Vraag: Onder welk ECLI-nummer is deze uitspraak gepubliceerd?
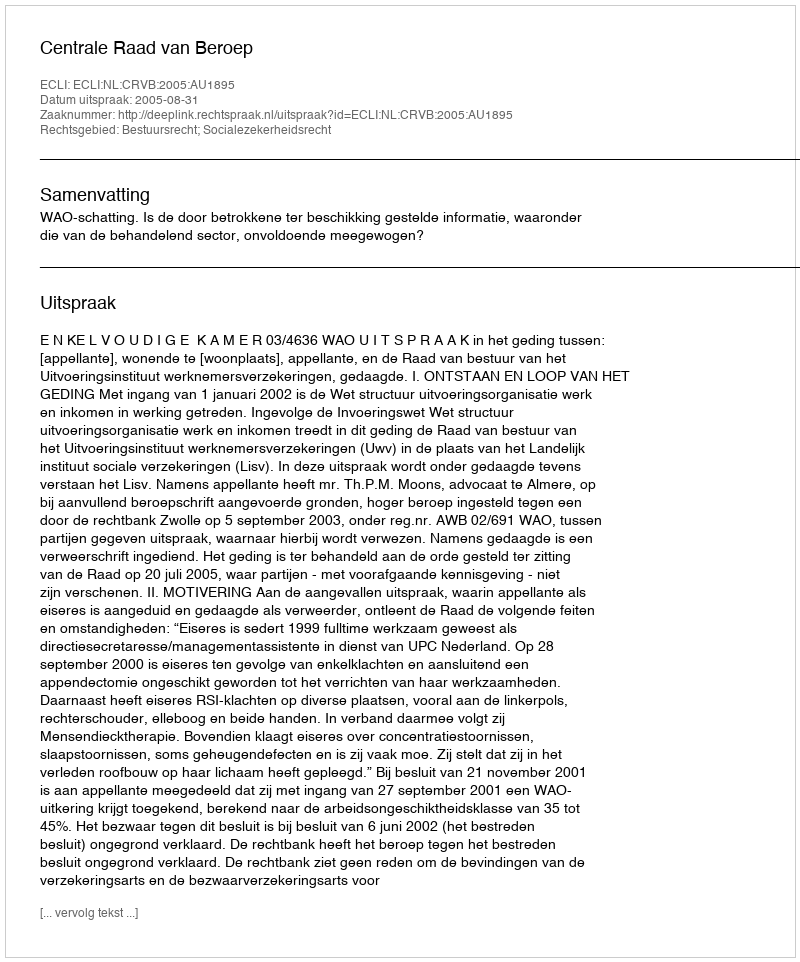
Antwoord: ECLI:NL:CRVB:2005:AU1895